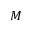
M